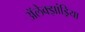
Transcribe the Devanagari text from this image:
अॅलेक्झांड्रिया